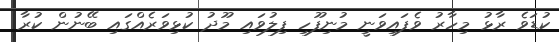
ކުޑަވެ ރާޅު މިހާރު ވެފައިވަނީ މުނިފޫހި ފިލުވައި މޫދު ކުޅިވަރެއްގައި ބޭނުން ކުރާ